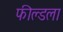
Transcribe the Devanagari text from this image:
फील्डला